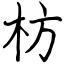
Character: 枋